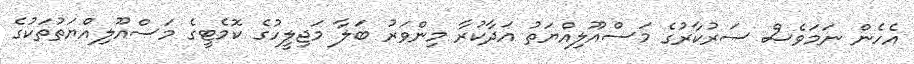
އެހެން ނަމަވެސް ސަރުކާރުގެ މަސްއޫލިއްޔަތު އަދާކުރާ މިންވަރު ބަލާ މަޖިލީހުގެ ކޮމެޓީގެ މަސްއޫލިއްޔަތުތަކުގެ